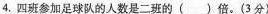
4.四班参加足球队的人数是二班的()倍。(3分)